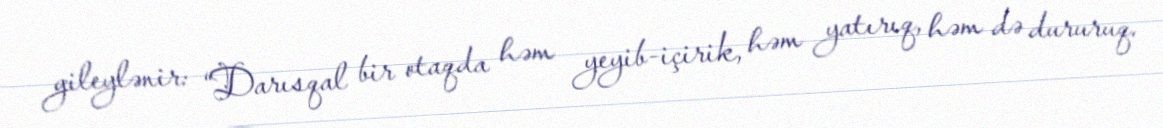
gileylənir: “Darısqal bir otaqda həm yeyib-içirik, həm yatırıq, həm də dururuq.